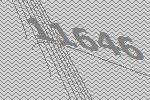
11646